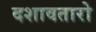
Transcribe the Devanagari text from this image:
दशावतारो